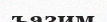
ъазим